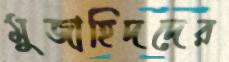
মুজাহিদদের